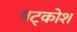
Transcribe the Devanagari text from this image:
षट्कोश